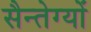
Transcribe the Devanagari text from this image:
सैन्तेग्यों